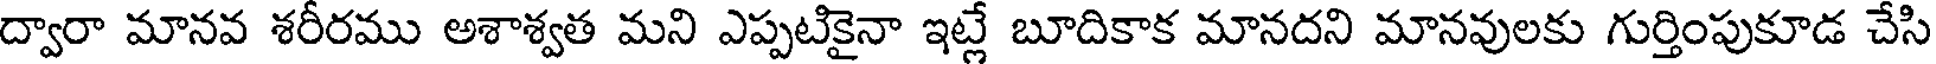
ద్వారా మానవ శరీరము అశాశ్వత మని ఎప్పటికైనా ఇట్లే బూదికాక మానదని మానవులకు గుర్తింపుకూడ చేసి